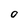
Character: O